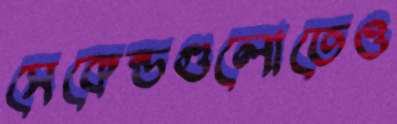
সেকেন্ডগুলোতেও